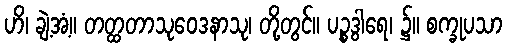
ဟိ၊ ချဲ့အံ့။ တတ္ထတာသုဝေဒနာသု၊ တို့တွင်။ ပဉ္စဒွါရေ၊ ၌။ စက္ခုပသာ